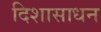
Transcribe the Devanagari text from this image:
दिशासाधन